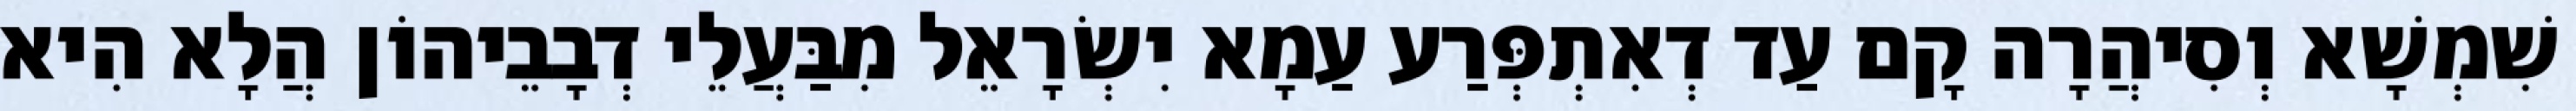
שִׁמְשָׁא וְסִיהֲרָה קָם עַד דְאִתְפְּרַע עַמָא יִשְׂרָאֵל מִבַּעֲלֵי דְבָבֵיהוֹן הֲלָא הִיא